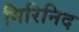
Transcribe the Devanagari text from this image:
मिरिनिद